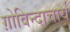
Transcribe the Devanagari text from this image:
ग़ोविन्दाचार्य